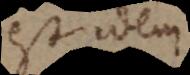
est idem